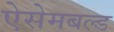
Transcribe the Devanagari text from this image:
ऐसेमबल्ड